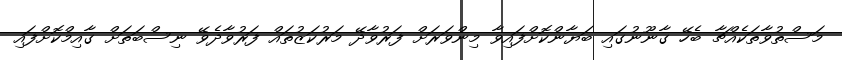
މަސްތުވާތަކެއްޗާ ބެހޭ ގާނޫނުގައި ބަޔާންކޮށްފައިވާ މިންވަރަށް ފަރުވާދޭ މަރުކަޒުތައް ފަރުވާދެވޭ ނިސްބަތަށް ގާއިމްކޮށްފައި